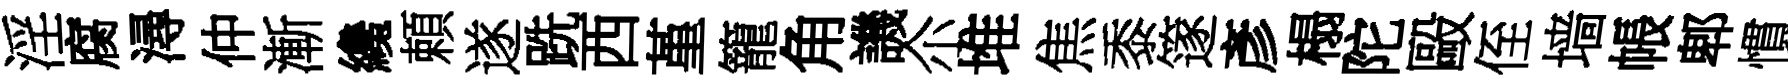
淫腐潯仲漸纔頼遂跣西堇籠角譏尒堆焦黍篴彥榻陀毆侄墙帳郫慣